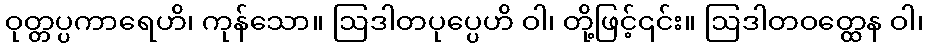
ဝုတ္တပ္ပကာရေဟိ၊ ကုန်သော။ ဩဒါတပုပ္ပေဟိ ဝါ၊ တို့ဖြင့်၎င်း။ ဩဒါတဝတ္ထေန ဝါ၊